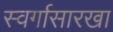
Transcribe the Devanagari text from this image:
स्वर्गासारखा